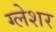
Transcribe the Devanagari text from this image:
ग्लेशर